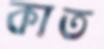
কাত